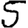
Digit: 5